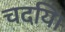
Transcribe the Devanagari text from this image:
चदयि।